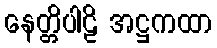
နေတ္တိပါဠိ အဋ္ဌကထာ